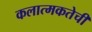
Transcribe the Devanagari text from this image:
कलात्मकतेची